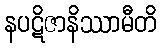
နပဋိဇာနိဿာမီတိ